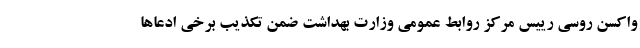
واکسن روسی رییس مرکز روابط عمومی وزارت بهداشت ضمن تکذیب برخی ادعاها